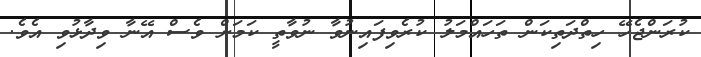
ކުރަންޖެހޭ ހިތްދަތިކަން ތަހައްމަލު ކުރެވިފައިނުވާ ނުވާތީ ކަމަށް ވެސް އޭނާ ވިދާޅުވި އެވެ.